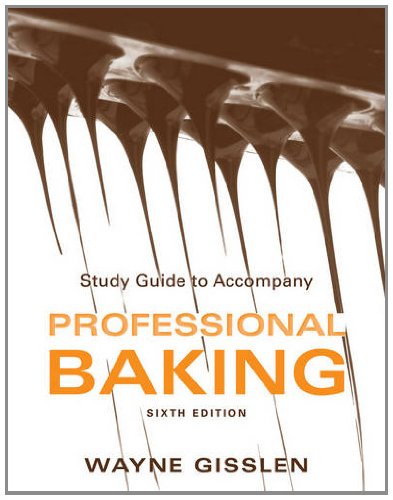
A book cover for Study Guide to accompany Professional Baking, 6e; Wayne Gisslen; Cookbooks, Food & Wine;